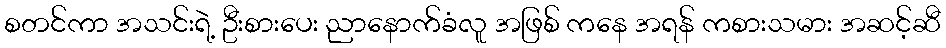
စတင်ကာ အသင်းရဲ့ ဦးစားပေး ညာနောက်ခံလူ အဖြစ် ကနေ အရန် ကစားသမား အဆင့်ဆီ